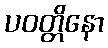
ပဝတ္တိနော